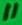
Text: 11